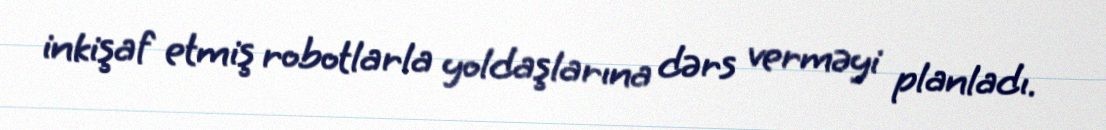
inkişaf etmiş robotlarla yoldaşlarına dərs verməyi planladı.